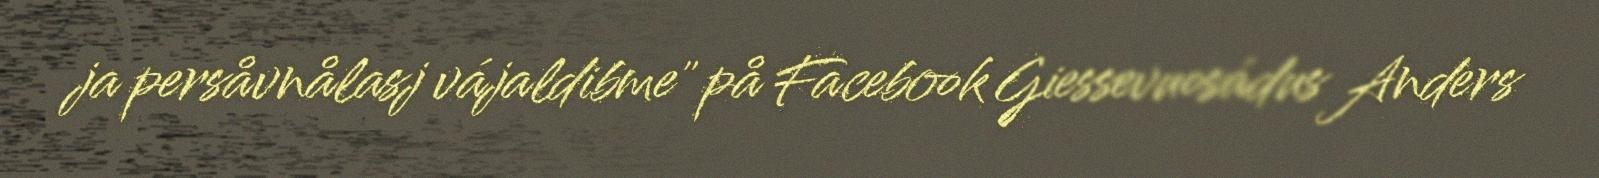
ja persåvnålasj vájaldibme" på Facebook Giessevuosádus Anders